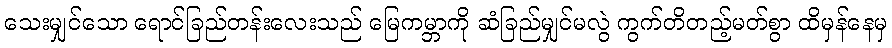
သေးမျှင်သော ရောင်ခြည်တန်းလေးသည် မြေကမ္ဘာကို ဆံခြည်မျှင်မလွဲ ကွက်တိတည့်မတ်စွာ ထိမှန်နေမှ